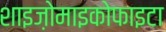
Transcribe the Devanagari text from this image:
शाइज़ोमाइकोफाइटा